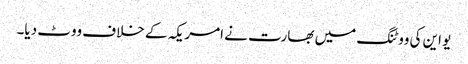
یو این کی ووٹنگ میں بھارت نے امریکہ کے خلاف ووٹ دیا۔